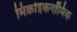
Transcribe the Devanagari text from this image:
मिक्रोइकनॉमिक